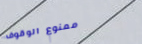
ممنوع الوقوف